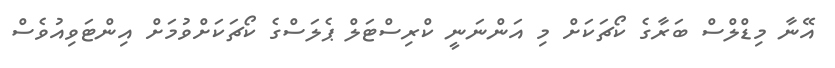
އޭނާ މިޑްލްސް ބަރާގެ ކޯޗަކަށް މި އަންނަނީ ކްރިސްޓަލް ޕެލަސްގެ ކޯޗަކަށްވުމަށް އިންޓަވިއުވެސް